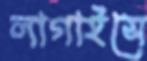
লাগাইসে